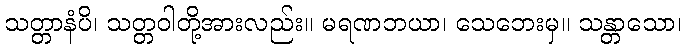
သတ္တာနံပိ၊ သတ္တဝါတို့အားလည်း။ မရဏဘယာ၊ သေဘေးမှ။ သန္တာသော၊